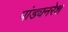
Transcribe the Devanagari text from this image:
पांड्यनरेश